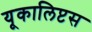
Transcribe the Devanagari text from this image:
यूकालिप्टस